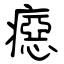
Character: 癋